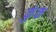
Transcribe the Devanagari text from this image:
फुंक